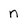
Character: n